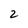
Character: 2